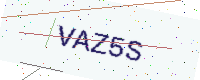
Text: VAZ5S